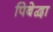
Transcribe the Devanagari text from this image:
पिबेद्वा